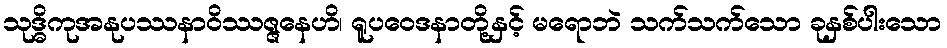
သုဒ္ဓိကုအနုပဿနာဝိဿဇ္ဇနေဟိ၊ ရူပဝေဒနာတို့နှင့် မရောဘဲ သက်သက်သော ခုနှစ်ပါးသော